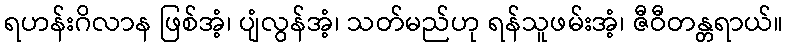
ရဟန်းဂိလာန ဖြစ်အံ့၊ ပျံလွန်အံ့၊ သတ်မည်ဟု ရန်သူဖမ်းအံ့၊ ဇီဝီတန္တရာယ်။